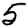
Digit: 5